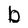
Character: b